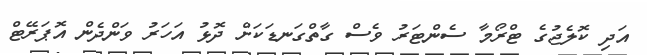
އަދި ކޮލެޖުގެ ޓްރޯމާ ސެންޓަރު ވެސް ގާތްގަނޑަކަށް ދޮޅު އަހަރު ވަންދެން އޮޕަރޭޓް